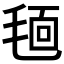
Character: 𣮗